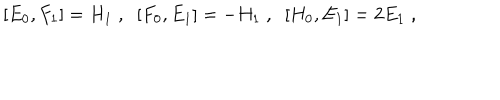
LaTeX: [ E _ { 0 } , F _ { 1 } ] = H _ { 1 } \; , \; \; [ F _ { 0 } , E _ { 1 } ] = - H _ { 1 } \; , \; \; [ H _ { 0 } , E _ { 1 } ] = 2 E _ { 1 } \; ,